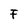
Character: F